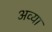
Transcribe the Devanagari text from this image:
अव्या